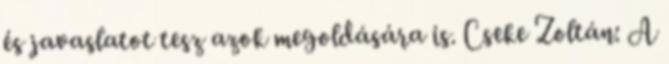
és javaslatot tesz azok megoldására is. Cseke Zoltán: A